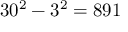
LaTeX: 3 0 ^ { 2 } - 3 ^ { 2 } = 8 9 1